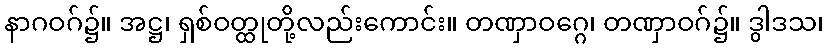
နာဂဝဂ်၌။ အဋ္ဌ၊ ရှစ်ဝတ္ထုတို့လည်းကောင်း။ တဏှာဝဂ္ဂေ၊ တဏှာဝဂ်၌။ ဒွါဒသ၊